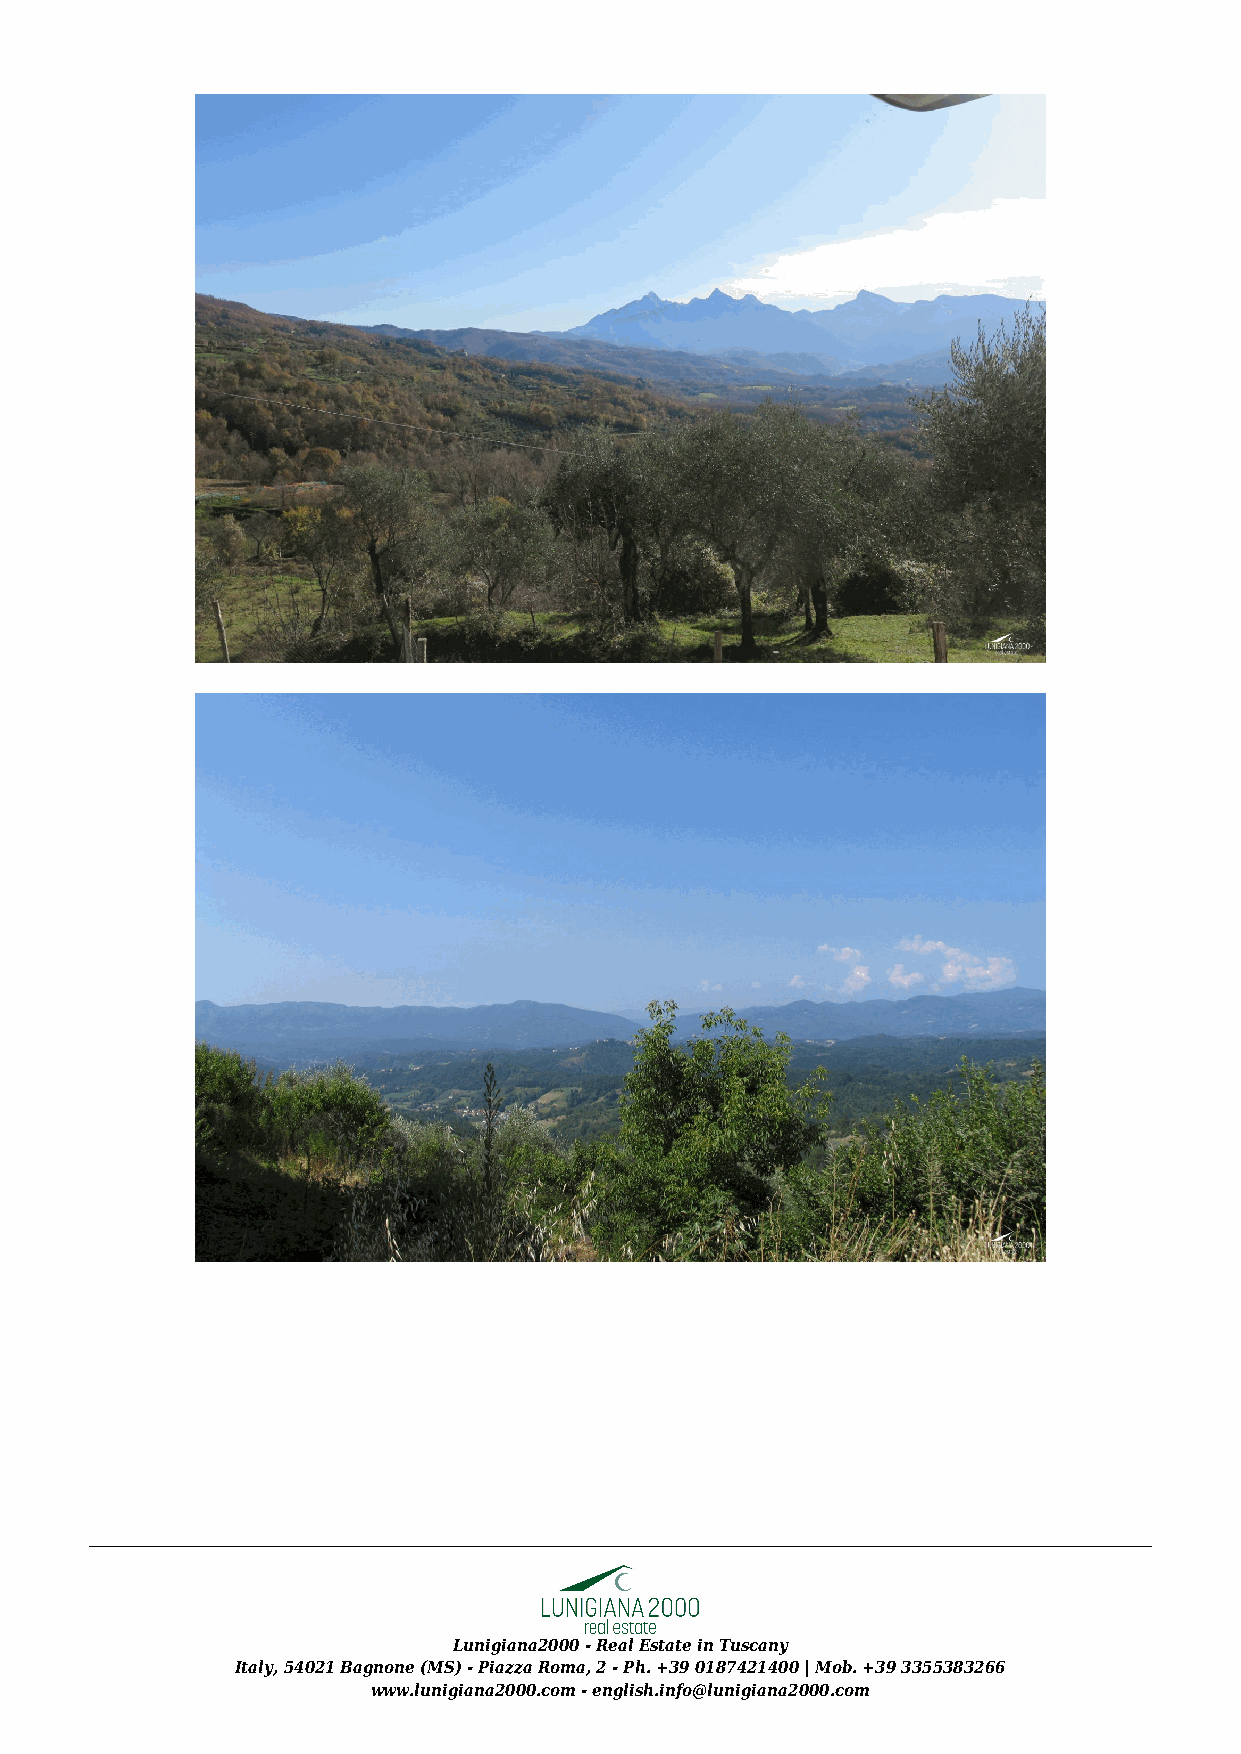
Lunigiana2000 - Real Estate in Tuscany
 Italy, 54021 Bagnone (MS) - Piazza Roma, 2 - Ph. +39 0187421400 | Mob. +39 3355383266
 www.lunigiana2000.com - english.info@lunigiana2000.com